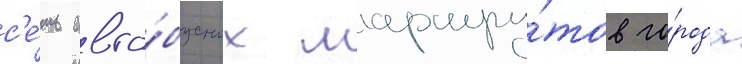
с'е́ть авто́бусных маршру́тов го́рода